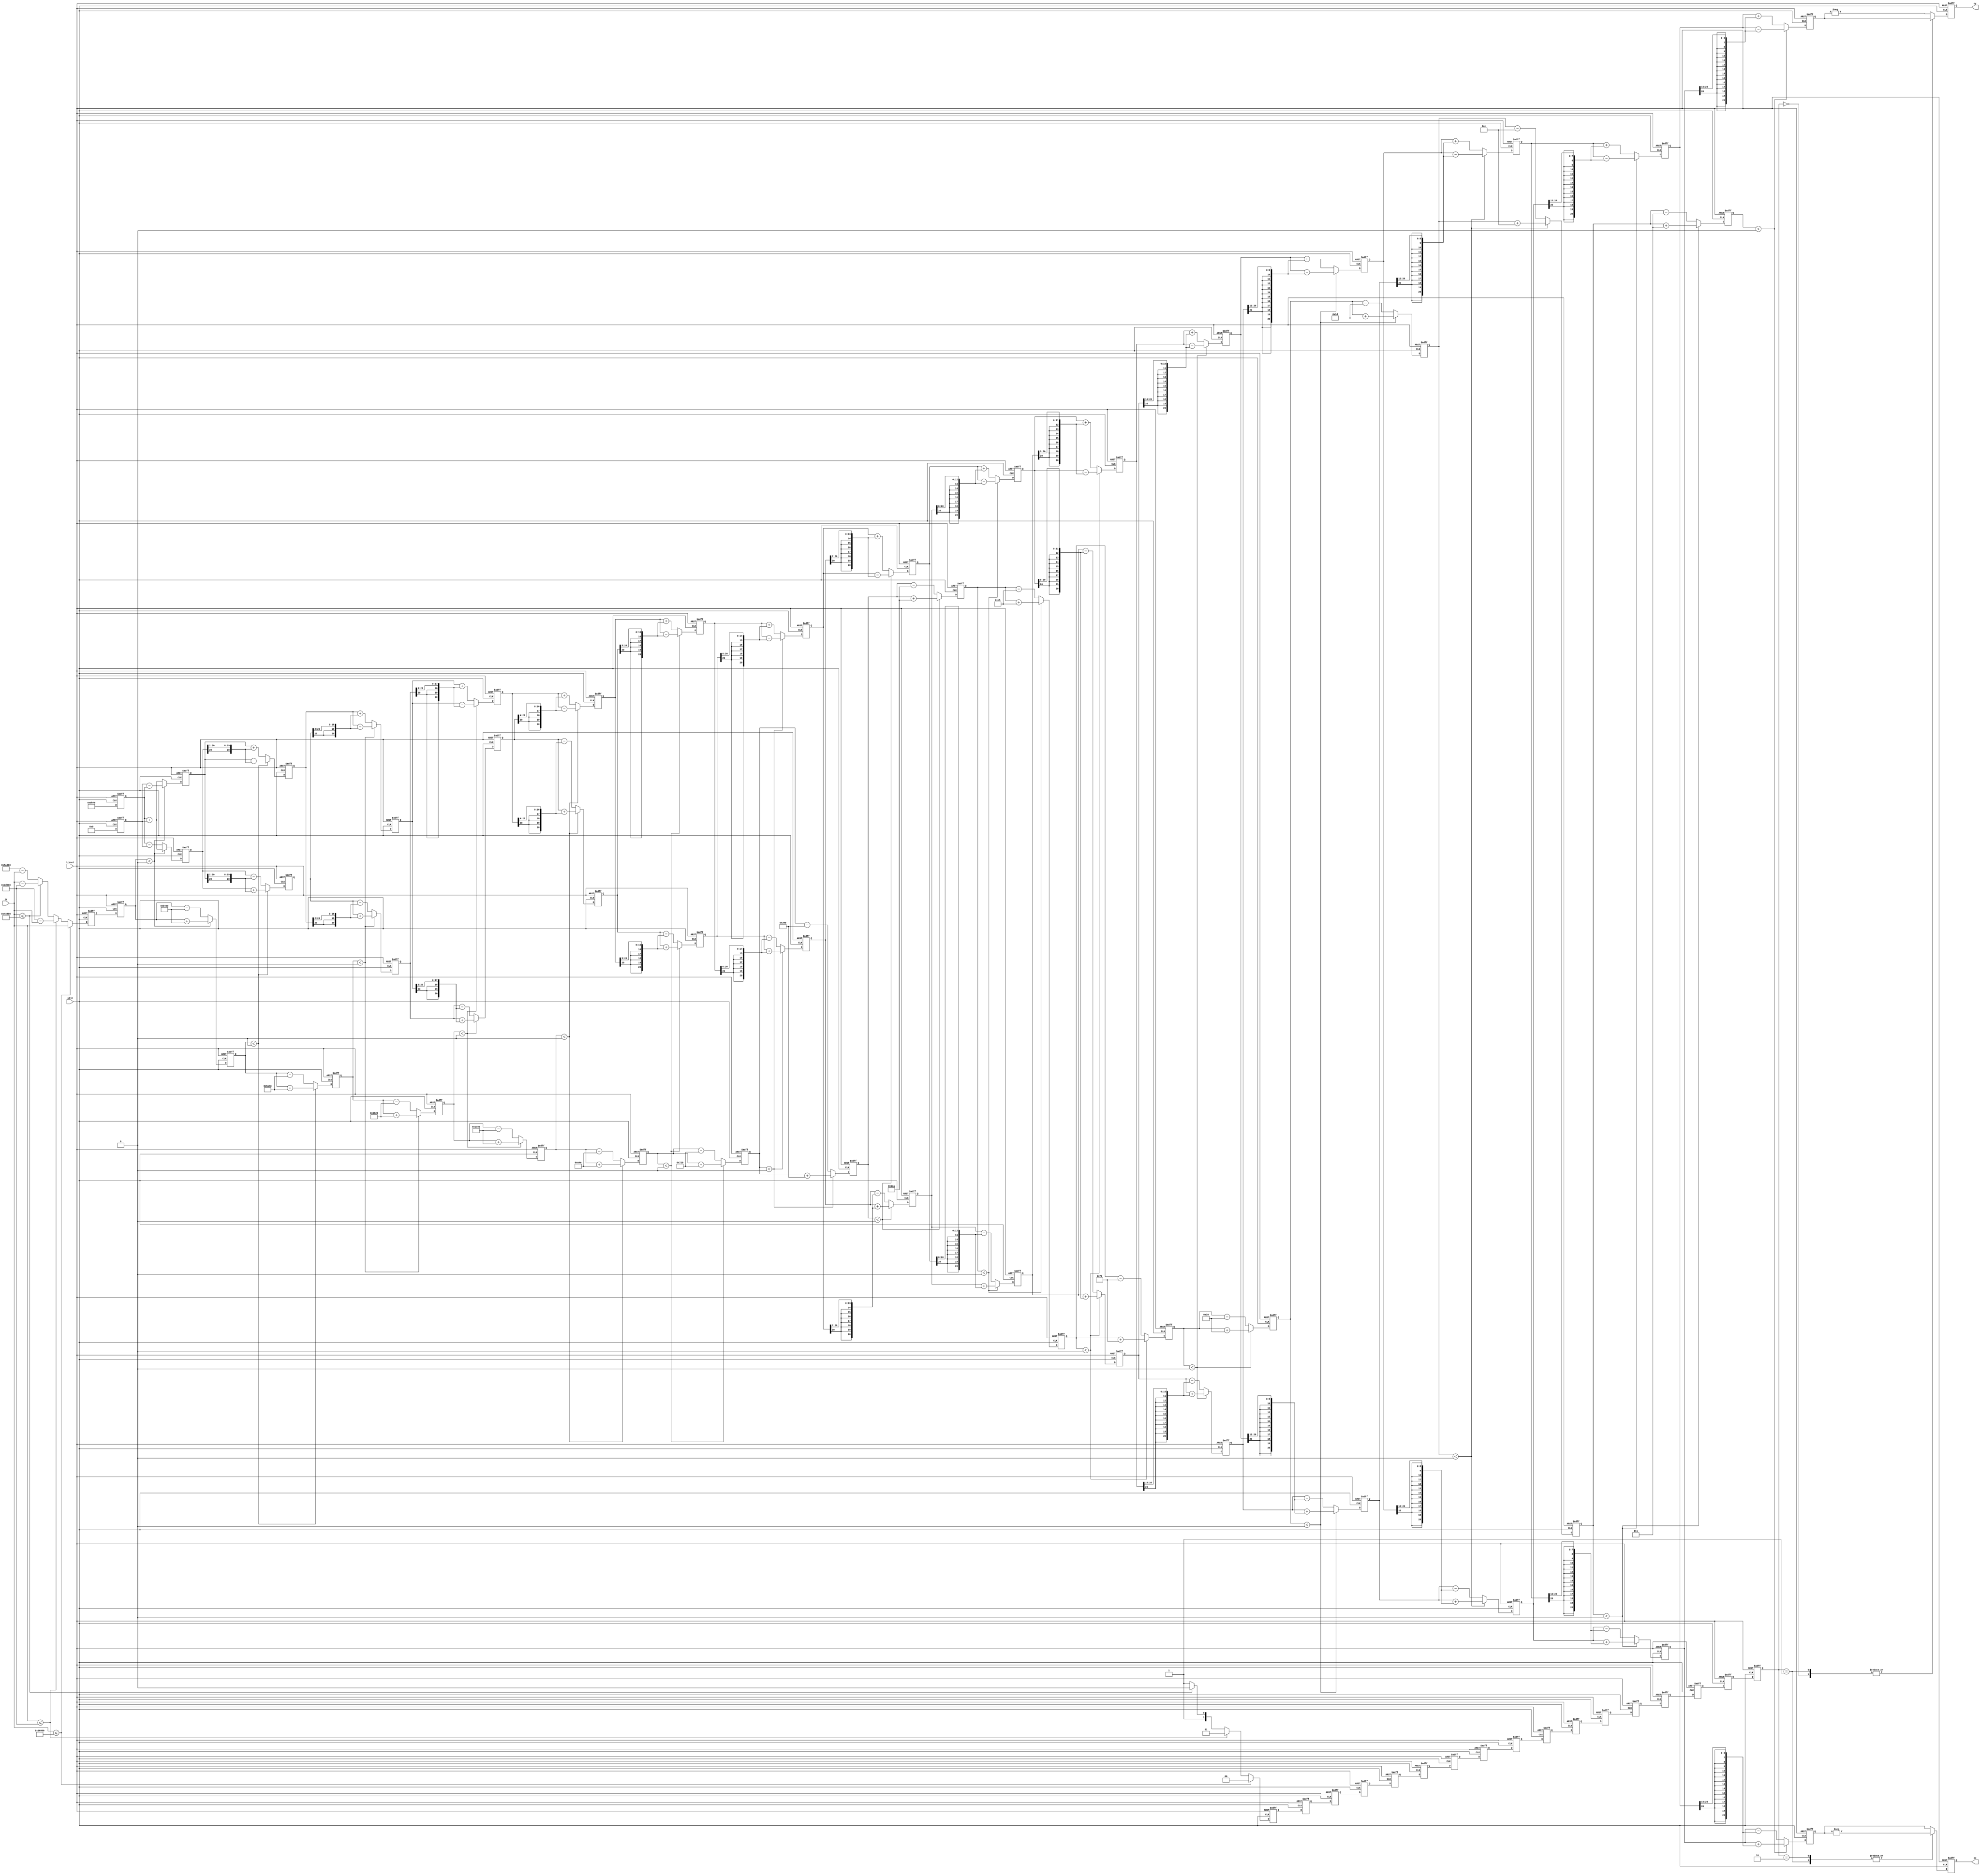
`timescale 1 ps / 1 ps

//Let angle to zoom out 2 ^ 10

`define  rot0  16'hB400    //45
`define  rot1  16'h6A43    //26.5651
`define  rot2  16'h3825    //14.0362
`define  rot3  16'h1c80    //7.1250
`define  rot4  16'h0e4e    //3.5763
`define  rot5  16'h0729    //1.7899
`define  rot6  16'h0395    //0.8952
`define  rot7  16'h01ca    //0.4476
`define  rot8  16'h00e5    //0.2238
`define  rot9  16'h0073    //0.1119
`define  rot10 16'h0039    //0.0560
`define  rot11 16'h001d    //0.0280
`define  rot12 16'h000e    //0.0140
`define  rot13 16'h0007    //0.0070
`define  rot14 16'h0004    //0.0035
`define  rot15 16'h0002    //0.0035

module CORDIC_sin_cos (
	input 									iclk,
	input 									ireset,
	input		signed	 	[20:0]	iz,
	output 	signed		[20:0]	ox,
	output 	signed		[20:0]	oy
);

parameter K = 19'h09b78;		//gian k=0.6073*2^16,9b74,n means the number pipeline
parameter BitSize = 20;

reg	signed	[BitSize:0]		x[15:0];
reg	signed	[BitSize:0] 	y[15:0];
reg	signed 	[BitSize:0] 	z[15:0];
reg 	signed	[BitSize:0] 	angle;

reg	signed	[BitSize:0]		quadrant_x;
reg	signed	[BitSize:0]		quadrant_y;

reg [4:0] i;
reg [1:0] quadrant [16:0];

assign ox = quadrant_x;
assign oy = quadrant_y;

always@(posedge iclk or negedge ireset) begin
	if (!ireset) begin
		for (i = 0; i < 17; i = i + 1) begin
			quadrant[i] <= 0;
		end
		angle <= 0;
	end
	else begin
		////////////////////////////////////////////////////////////////////////////////////////////////
		//detect quadrant
		if (iz <= 92160) begin
			quadrant[0] <= 0;
			angle <= iz;
		end
		else if (iz <= 184320) begin
			quadrant[0] <= 1;
			angle <= 184320 - iz;
		end
		else if (iz <= 276480) begin
			quadrant[0] <= 2;
			angle <= iz - 184320;
		end
		else begin
			quadrant[0] <= 3;
			angle <= 368640 - iz;
		end
		////////////////////////////////////////////////////////////////////////////////////////////////
		//hold quadrant
		for (i = 0; i < 16; i = i + 1) begin
			quadrant[i+1] <= quadrant[i];
		end		
		////////////////////////////////////////////////////////////////////////////////////////////////
	end
end

always@(posedge iclk or negedge ireset) begin
	if (!ireset) begin
		quadrant_x <= 0;
		quadrant_y <= 0;
	end
	else begin
		case (quadrant[16])
			2'b00 : begin
				quadrant_x <= x[15];
				quadrant_y <= y[15];
			end
			2'b01 : begin
				quadrant_x <= -x[15];
				quadrant_y <= y[15];		
			end
			2'b10 : begin
				quadrant_x <= -x[15];
				quadrant_y <= -y[15];		
			end
			default begin
				quadrant_x <= x[15];
				quadrant_y <= -y[15];			
			end		
		endcase
	end
end	

always@(posedge iclk or negedge ireset) begin
	if (!ireset) begin
		for (i = 0; i < 16; i = i + 1) begin
			x[i] <= 0;
			y[i] <= 0;
			z[i] <= 0;
		end
	end
	else begin
	//////////////////////////////////////////////////////////////////////////////////////////////////////////////////
	//state0
		x[0] <= K;
		y[0] <= 0;
		z[0] <= angle;
	//////////////////////////////////////////////////////////////////////////////////////////////////////////////////
	//state1
		if (z[0] < 0) begin
			x[1] <= x[0] + y[0];
			y[1] <= y[0] - x[0];
			z[1] <= z[0] + `rot0;
		end
		else begin
			x[1] <= x[0] - y[0];  
			y[1] <= y[0] + x[0]; 
			z[1] <= z[0] - `rot0 ;
		end
	//////////////////////////////////////////////////////////////////////////////////////////////////////////////////
	//state2
		if (z[1] < 0) begin
			x[2] <= x[1] + {y[1][BitSize], y[1][BitSize:1]};
			y[2] <= y[1] - {x[1][BitSize], x[1][BitSize:1]};
			z[2] <= z[1] + `rot1;
		end
		else begin
			x[2] <= x[1] - {y[1][BitSize], y[1][BitSize:1]}; 
			y[2] <= y[1] + {x[1][BitSize], x[1][BitSize:1]};
			z[2] <= z[1] - `rot1 ; 
		end
	//////////////////////////////////////////////////////////////////////////////////////////////////////////////////
	//state3
		if (z[2] < 0) begin
			x[3] <= x[2] + {{2{y[2][BitSize]}}, y[2][BitSize:2]};
			y[3] <= y[2] - {{2{x[2][BitSize]}}, x[2][BitSize:2]};
			z[3] <= z[2] + `rot2;
		end
		else begin
			x[3] <= x[2] - {{2{y[2][BitSize]}}, y[2][BitSize:2]};
			y[3] <= y[2] + {{2{x[2][BitSize]}}, x[2][BitSize:2]};
			z[3] <= z[2] - `rot2 ; 
		end
	//////////////////////////////////////////////////////////////////////////////////////////////////////////////////
	//state4
		if (z[3] < 0) begin
			x[4] <= x[3] + {{3{y[3][BitSize]}}, y[3][BitSize:3]};
			y[4] <= y[3] - {{3{x[3][BitSize]}}, x[3][BitSize:3]};
			z[4] <= z[3] + `rot3;
		end
		else begin
			x[4] <= x[3] - {{3{y[3][BitSize]}}, y[3][BitSize:3]};
			y[4] <= y[3] + {{3{x[3][BitSize]}}, x[3][BitSize:3]};
			z[4] <= z[3] - `rot3 ; 
		end
	//////////////////////////////////////////////////////////////////////////////////////////////////////////////////
	//state5
		if (z[4] < 0) begin
			x[5] <= x[4] + {{4{y[4][BitSize]}}, y[4][BitSize:4]};
			y[5] <= y[4] - {{4{x[4][BitSize]}}, x[4][BitSize:4]};
			z[5] <= z[4] + `rot4;
		end
		else begin
			x[5] <= x[4] - {{4{y[4][BitSize]}}, y[4][BitSize:4]};
			y[5] <= y[4] + {{4{x[4][BitSize]}}, x[4][BitSize:4]};
			z[5] <= z[4] - `rot4 ;  
		end
	//////////////////////////////////////////////////////////////////////////////////////////////////////////////////
	//state6
		if (z[5] < 0) begin
			x[6] <= x[5] + {{5{y[5][BitSize]}}, y[5][BitSize:5]};
			y[6] <= y[5] - {{5{x[5][BitSize]}}, x[5][BitSize:5]};
			z[6] <= z[5] + `rot5;
		end
		else begin
			x[6] <= x[5] - {{5{y[5][BitSize]}}, y[5][BitSize:5]};
			y[6] <= y[5] + {{5{x[5][BitSize]}}, x[5][BitSize:5]};
			z[6] <= z[5] - `rot5 ; // reversal 55 
		end
	//////////////////////////////////////////////////////////////////////////////////////////////////////////////////
	//state7
		if (z[6] < 0) begin
			x[7] <= x[6] + {{6{y[6][BitSize]}}, y[6][BitSize:6]};
			y[7] <= y[6] - {{6{x[6][BitSize]}}, x[6][BitSize:6]};
			z[7] <= z[6] + `rot6;
		end
		else begin
			x[7] <= x[6] - {{6{y[6][BitSize]}}, y[6][BitSize:6]};
			y[7] <= y[6] + {{6{x[6][BitSize]}}, x[6][BitSize:6]};
			z[7] <= z[6] - `rot6 ; // reversal 46 
		end
	//////////////////////////////////////////////////////////////////////////////////////////////////////////////////
	//state8
		if (z[7] < 0) begin
			x[8] <= x[7] + {{7{y[7][BitSize]}}, y[7][BitSize:7]};
			y[8] <= y[7] - {{7{x[7][BitSize]}}, x[7][BitSize:7]};
			z[8] <= z[7] + `rot7;
		end
		else begin
			x[8] <= x[7] - {{7{y[7][BitSize]}}, y[7][BitSize:7]};
			y[8] <= y[7] + {{7{x[7][BitSize]}}, x[7][BitSize:7]};
			z[8] <= z[7] - `rot7 ; // reversal 45 
		end
	//////////////////////////////////////////////////////////////////////////////////////////////////////////////////
	//state9
		if (z[8] < 0) begin
			x[9] <= x[8] + {{8{y[8][BitSize]}}, y[8][BitSize:8]};
			y[9] <= y[8] - {{8{x[8][BitSize]}}, x[8][BitSize:8]};
			z[9] <= z[8] + `rot8;
		end
		else begin
			x[9] <= x[8] - {{8{y[8][BitSize]}}, y[8][BitSize:8]};
			y[9] <= y[8] + {{8{x[8][BitSize]}}, x[8][BitSize:8]};
			z[9] <= z[8] - `rot8 ; // reversal 45 
		end
	//////////////////////////////////////////////////////////////////////////////////////////////////////////////////
	//state10
		if (z[9] < 0) begin
			x[10] <= x[9] + {{9{y[9][BitSize]}}, y[9][BitSize:9]};
			y[10] <= y[9] - {{9{x[9][BitSize]}}, x[9][BitSize:9]};
			z[10] <= z[9] + `rot9;
		end
		else begin
			x[10] <= x[9] - {{9{y[9][BitSize]}}, y[9][BitSize:9]};
			y[10] <= y[9] + {{9{x[9][BitSize]}}, x[9][BitSize:9]};
			z[10] <= z[9] - `rot9 ; // reversal 45 
		end
	//////////////////////////////////////////////////////////////////////////////////////////////////////////////////
	//state11
		if (z[10] < 0) begin
			x[11] <= x[10] + {{10{y[10][BitSize]}}, y[10][BitSize:10]};
			y[11] <= y[10] - {{10{x[10][BitSize]}}, x[10][BitSize:10]};
			z[11] <= z[10] + `rot10;
		end
		else begin
			x[11] <= x[10] - {{10{y[10][BitSize]}}, y[10][BitSize:10]};
			y[11] <= y[10] + {{10{x[10][BitSize]}}, x[10][BitSize:10]};
			z[11] <= z[10] - `rot10 ; // reversal 45 
		end
	//////////////////////////////////////////////////////////////////////////////////////////////////////////////////
	//state12
		if (z[11] < 0) begin
			x[12] <= x[11] + {{11{y[11][BitSize]}}, y[11][BitSize:11]};
			y[12] <= y[11] - {{11{x[11][BitSize]}}, x[11][BitSize:11]};
			z[12] <= z[11] + `rot11;
		end
		else begin
			x[12] <= x[11] - {{11{y[11][BitSize]}}, y[11][BitSize:11]};
			y[12] <= y[11] + {{11{x[11][BitSize]}}, x[11][BitSize:11]};
			z[12] <= z[11] - `rot11 ; // reversal 45 
		end
	//////////////////////////////////////////////////////////////////////////////////////////////////////////////////
	//state13
		if (z[12] < 0) begin
			x[13] <= x[12] + {{12{y[12][BitSize]}}, y[12][BitSize:12]};
			y[13] <= y[12] - {{12{x[12][BitSize]}}, x[12][BitSize:12]};
			z[13] <= z[12] + `rot12;
		end
		else begin
			x[13] <= x[12] - {{12{y[12][BitSize]}}, y[12][BitSize:12]};
			y[13] <= y[12] + {{12{x[12][BitSize]}}, x[12][BitSize:12]};
			z[13] <= z[12] - `rot12 ; // reversal 45 
		end
	//////////////////////////////////////////////////////////////////////////////////////////////////////////////////
	//state14
		if (z[13] < 0) begin
			x[14] <= x[13] + {{13{y[13][BitSize]}}, y[13][BitSize:13]};
			y[14] <= y[13] - {{13{x[13][BitSize]}}, x[13][BitSize:13]};
			z[14] <= z[13] + `rot13;
		end
		else begin
			x[14] <= x[13] - {{13{y[13][BitSize]}}, y[13][BitSize:13]};
			y[14] <= y[13] + {{13{x[13][BitSize]}}, x[13][BitSize:13]};
			z[14] <= z[13] - `rot13 ; // reversal 45 
		end
	//////////////////////////////////////////////////////////////////////////////////////////////////////////////////
	//state15
		if (z[14] < 0) begin
			x[15] <= x[14] + {{14{y[14][BitSize]}}, y[14][BitSize:14]};
			y[15] <= y[14] - {{14{x[14][BitSize]}}, x[14][BitSize:14]};
			z[15] <= z[14] + `rot14;
		end
		else begin
			x[15] <= x[14] - {{14{y[14][BitSize]}}, y[14][BitSize:14]};
			y[15] <= y[14] + {{14{x[14][BitSize]}}, x[14][BitSize:14]};
			z[15] <= z[14] - `rot14 ; // reversal 45 
		end
	//////////////////////////////////////////////////////////////////////////////////////////////////////////////////
	end
end

endmodule